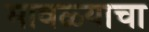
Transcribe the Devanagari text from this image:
मावळ्याचा